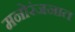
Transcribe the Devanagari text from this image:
मनोरंजनात